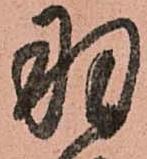
羽